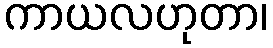
ကာယလဟုတာ၊